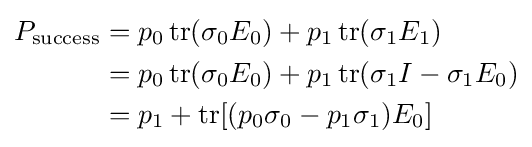
{\begin{aligned}P_{\text{success}}&=p_{0}\operatorname {tr} (\sigma _{0}E_{0})+p_{1}\operatorname {tr} (\sigma _{1}E_{1})\\&=p_{0}\operatorname {tr} (\sigma _{0}E_{0})+p_{1}\operatorname {tr} (\sigma _{1}I-\sigma _{1}E_{0})\\&=p_{1}+\operatorname {tr} [(p_{0}\sigma _{0}-p_{1}\sigma _{1})E_{0}]\end{aligned}}